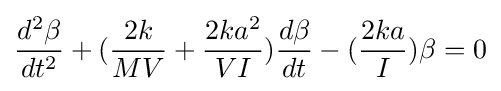
{\frac {d^{2}\beta }{dt^{2}}}+({\frac {2k}{MV}}+{\frac {2ka^{2}}{VI}}){\frac {d\beta }{dt}}-({\frac {2ka}{I}})\beta =0